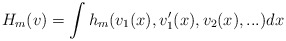
\begin{align*}H_m(v)=\int h_m(v_1(x),v'_1(x),v_2(x),...)dx\end{align*}